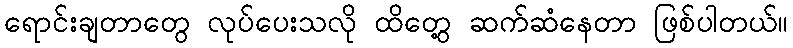
ရောင်းချတာတွေ လုပ်ပေးသလို ထိတွေ့ ဆက်ဆံနေတာ ဖြစ်ပါတယ်။